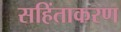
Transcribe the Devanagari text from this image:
सहिंताकरण